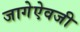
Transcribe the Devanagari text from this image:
जागेऐवजी